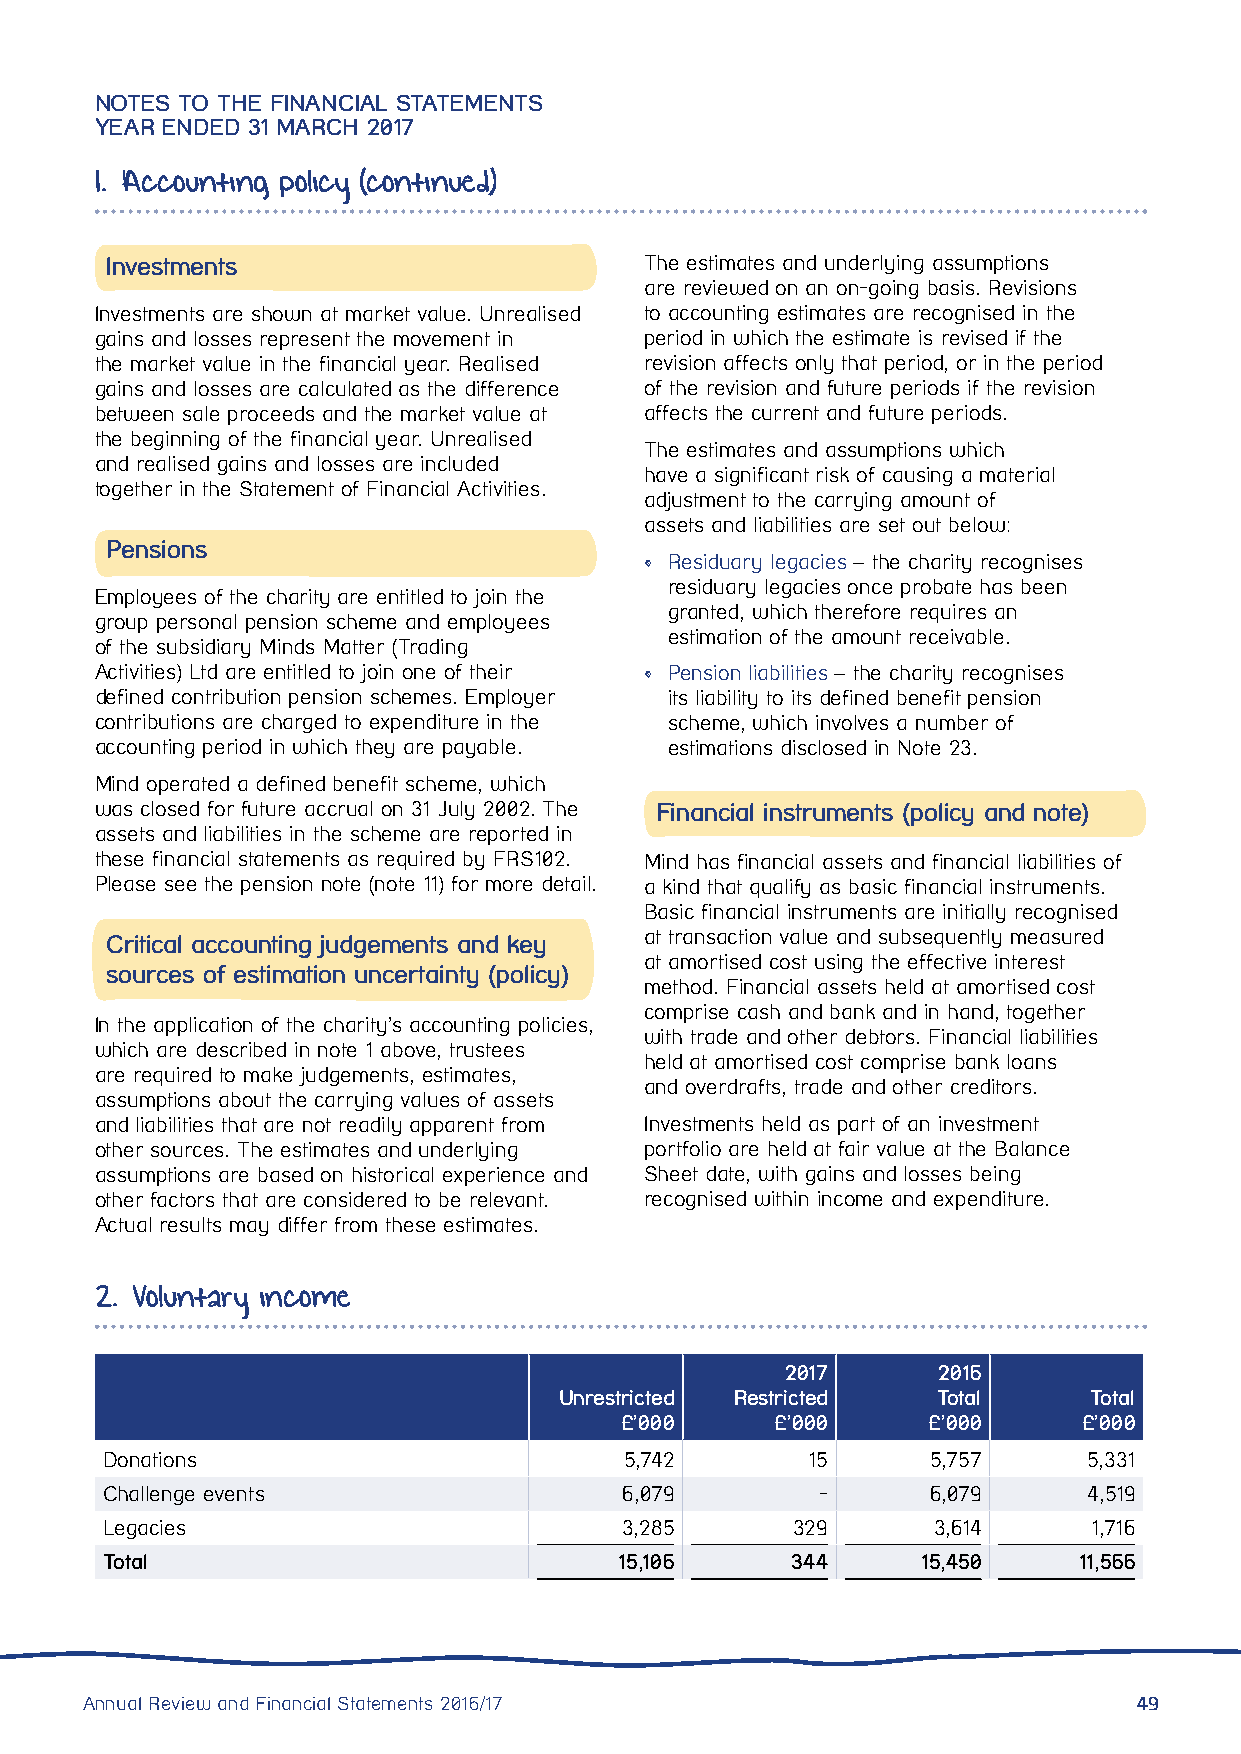
NOTES TO THE FINANCIAL STATEMENTS
 YEAR ENDED 31 MARCH 2017
 1. Accounting policy (continued)
 Investments                         The estimates and underlying assumptions
 are reviewed on an on-going basis. Revisions
 Investments are shown at market value. Unrealised to accounting estimates are recognised in the
 gains and losses represent the movement in period in which the estimate is revised if the
 the market value in the financial year. Realised revision affects only that period, or in the period
 gains and losses are calculated as the difference of the revision and future periods if the revision
 between sale proceeds and the market value at affects the current and future periods.
 the beginning of the financial year. Unrealised
 The estimates and assumptions which
 and realised gains and losses are included
 have a significant risk of causing a material
 together in the Statement of Financial Activities.
 adjustment to the carrying amount of
 assets and liabilities are set out below:
 Pensions
 • Residuary legacies – the charity recognises
 residuary legacies once probate has been
 Employees of the charity are entitled to join the
 granted, which therefore requires an
 group personal pension scheme and employees
 estimation of the amount receivable.
 of the subsidiary Minds Matter (Trading
 Activities) Ltd are entitled to join one of their • Pension liabilities – the charity recognises
 defined contribution pension schemes. Employer its liability to its defined benefit pension
 contributions are charged to expenditure in the scheme, which involves a number of
 accounting period in which they are payable. estimations disclosed in Note 23.
 Mind operated a defined benefit scheme, which
 was closed for future accrual on 31 July 2002. The Financial instruments (policy and note)
 assets and liabilities in the scheme are reported in
 these financial statements as required by FRS102. Mind has financial assets and financial liabilities of
 Please see the pension note (note 11) for more detail. a kind that qualify as basic financial instruments.
 Basic financial instruments are initially recognised
 Critical accounting judgements and key at transaction value and subsequently measured
 at amortised cost using the effective interest
 sources of estimation uncertainty (policy)
 method. Financial assets held at amortised cost
 comprise cash and bank and in hand, together
 In the application of the charity’s accounting policies,
 with trade and other debtors. Financial liabilities
 which are described in note 1 above, trustees
 held at amortised cost comprise bank loans
 are required to make judgements, estimates,
 and overdrafts, trade and other creditors.
 assumptions about the carrying values of assets
 and liabilities that are not readily apparent from Investments held as part of an investment
 other sources. The estimates and underlying portfolio are held at fair value at the Balance
 assumptions are based on historical experience and Sheet date, with gains and losses being
 other factors that are considered to be relevant. recognised within income and expenditure.
 Actual results may differ from these estimates.
 2. Voluntary income
 2017      2016
 Unrestricted Restricted  Total     Total
 £’000     £’000     £’000      £’000
 Donations                         5,742       15       5,757     5,331
 Challenge events                  6,079        -       6,079     4,519
 Legacies                          3,285      329       3,614     1,716
 Total                             15,106     344      15,450    11,566
 Annual Review and Financial Statements 2016/17                        49